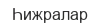
Һижралар